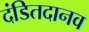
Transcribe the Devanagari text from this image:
दंडितदानव